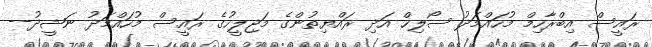
ރައީސް އިބްރާހިމް މުހައްމަދު ސޯލިހް އަދި ރައްޔިތުންގެ މަޖިލީހުގެ ރައީސް މުހައްމަދު ނަޝީދު--